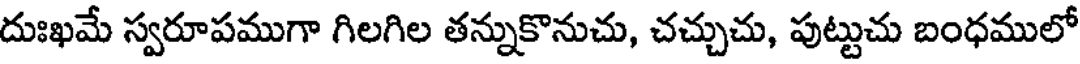
దుఃఖమే స్వరూపముగా గిలగిల తన్నుకొనుచు, చచ్చుచు, పుట్టుచు బంధములో